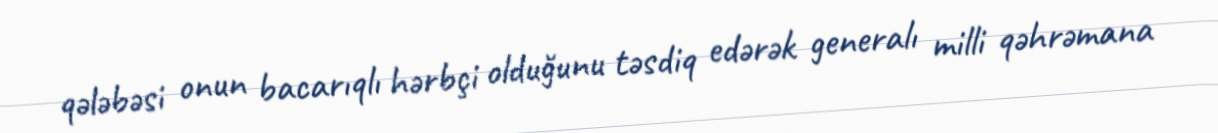
qələbəsi onun bacarıqlı hərbçi olduğunu təsdiq edərək generalı milli qəhrəmana